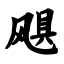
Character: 飓